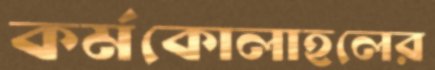
কর্মকোলাহলের